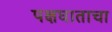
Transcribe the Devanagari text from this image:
पक्षघाताचा